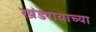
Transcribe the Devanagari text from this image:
खंडेरायाच्या